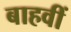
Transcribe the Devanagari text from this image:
बाहवीं